General report no. 6 on the lunatic asylums, vaccination and dispensaries in the Bengal Presidency, 1873 -
Year: 1873
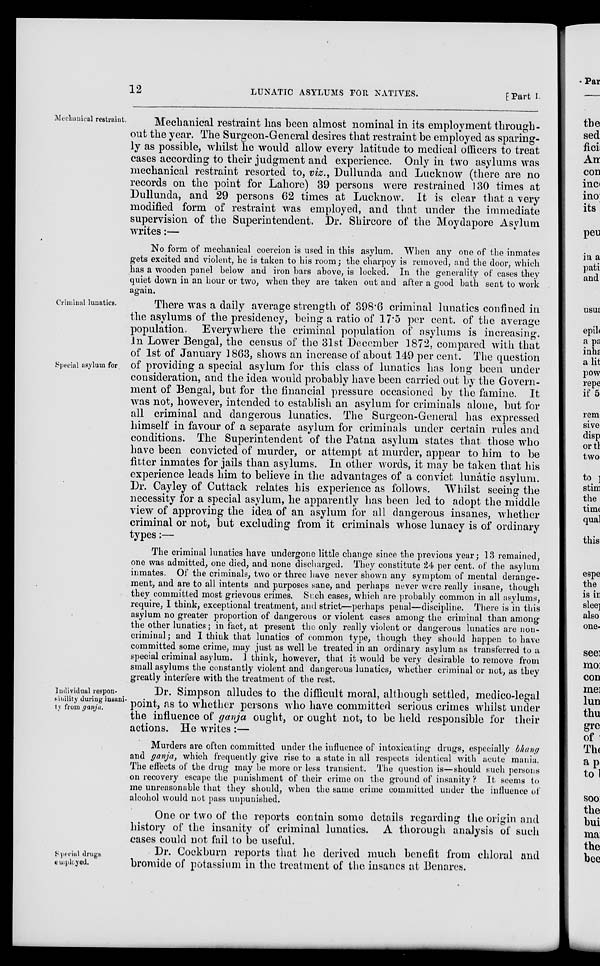
12
LUNATIC ASYLUMS FOR NATIVES.
[ Part I.
Mechanical restraint.
Mechanical restraint has been almost nominal in its employment through-
out the year. The Surgeon-General desires that restraint be employed as sparing-
ly as possible, whilst he would allow every latitude to medical officers to treat
cases according to their judgment and experience. Only in two asylums was
mechanical restraint resorted to, viz., Dullunda and Lucknow (there are no
records on the point for Lahore) 39 persons were restrained 130 times at
Dullunda, and 29 persons 62 times at Lucknow. It is clear that a very
modified form of restraint was employed, and that under the immediate
supervision of the Superintendent. Dr. Shircore of the Moydapore Asylum
writes:—
No form of mechanical coercion is used in this asylum. When any one of the inmates
gets excited and violent, he is taken to his room; the charpoy is removed, and the door, which
has a wooden panel below and iron bars above, is locked. In the generality of cases they
quiet down in an hour or two, when they are taken out and after a good bath sent to work
again.
Criminal lunatics.
Special asylum for
There was a daily average strength of 398.6 criminal lunatics confined in
the asylums of the presidency, being a ratio of 17.5 per cent. of the average
population. Everywhere the criminal population of asylums is increasing.
In Lower Bengal, the census of the 31st December 1872, compared with that
of 1st of January 1863, shows an increase of about 149 per cent. The question
of providing a special asylum for this class of lunatics has long been under
consideration, and the idea would probably have been carried out by the Govern-
ment of Bengal, but for the financial pressure occasioned by the famine. It
was not, however, intended to establish an asylum for criminals alone, but for
all criminal and dangerous lunatics. The Surgeon-General has expressed
himself in favour of a separate asylum for criminals under certain rules and
conditions. The Superintendent of the Patna asylum states that those who
have been convicted of murder, or attempt at murder, appear to him to be
fitter inmates for jails than asylums. In other words, it may be taken that his
experience leads him to believe in the advantages of a convict lunatic asylum.
Dr. Cayley of Cuttack relates his experience as follows. Whilst seeing the
necessity for a special asylum, he apparently has been led to adopt the middle
view of approving the idea of an asylum for all dangerous insanes, whether
criminal or not, but excluding from it criminals whose lunacy is of ordinary
types:—
The criminal lunatics have undergone little change since the previous year; 13 remained
one was admitted, one died, and none discharged. They constitute 24 per cent. of the asylum
inmates. Of the criminals, two or three have never shown any symptom of mental derange¬
ment, and are to all intents and purposes sane, and perhaps never were really insane, though
they committed most grievous crimes. Such cases, which are probably common in all asylums,
require, I think, exceptional treatment, and strict—perhaps penal—discipline. There is in this
asylum no greater proportion of dangerous or violent cases among the criminal than among
the other lunatics; in fact, at present the only really violent or dangerous lunatics are non-
criminal ; and I think that lunatics of common type, though they should happen to have
committed some crime, may just as well be treated in an ordinary asylum as transferred to ;
special criminal asylum. I think, however, that it would be very desirable to remove from
small asylums the constantly violent and dangerous lunatics, whether criminal or not, as they
greatly interfere with the treatment of the rest.
Individual respon-
sibility during insani-
ty from ganja.
Dr. Simpson alludes to the difficult moral, although settled, medico-legal
point, as to whether persons who have committed serious crimes whilst under
the influence of ganja ought, or ought not, to be held responsible for their
actions. He writes :—
Murders are often committed under the influence of intoxicating drugs, especially bhang
and ganja, which frequently give rise to a state in all respects identical with acute mania.
The effects of the drug may be more or less transient. The question is—should such persons
on recovery escape the punishment of their crime on the ground of insanity ? It seems to
me unreasonable that they should, when the same crime committed under the influence of
alcohol would not pass unpunished.
One or two of the reports contain some details regarding the origin and
history of the insanity of criminal lunatics. A thorough analysis of such
cases could not fail to be useful.
Special drugs
employed.
Dr. Cockburn reports that he derived much benefit from chloral and
bromide of potassium in the treatment of the insanes at Benares.